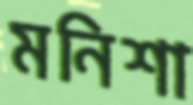
মনিশা